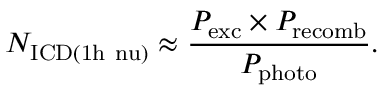
N _ { \mathrm { I C D ( 1 h \ n u ) } } \approx \frac { P _ { \mathrm { e x c } } \times P _ { \mathrm { r e c o m b } } } { P _ { \mathrm { p h o t o } } } .